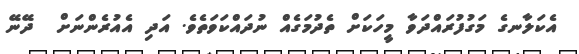
އެކަލާނގެ މަގުފުރައްދަވާ މީހަކަށް ތެދުމަގެއް ނުދައްކަވަތެވެ. އަދި އެއުރެންނަށް  ދޭނޭ